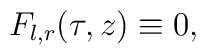
F_{l,r}(\tau, z)\equiv 0,